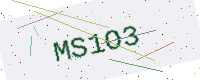
Text: MS1O3